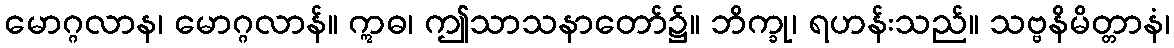
မောဂ္ဂလာန၊ မောဂ္ဂလာန်။ ဣဓ၊ ဤသာသနာတော်၌။ ဘိက္ခု၊ ရဟန်းသည်။ သဗ္ဗနိမိတ္တာနံ၊